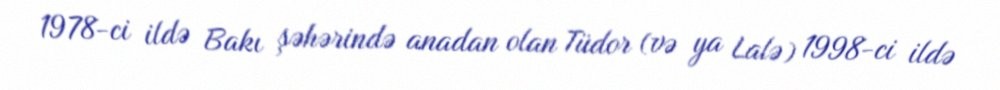
1978-ci ildə Bakı şəhərində anadan olan Tüdor (və ya Lalə) 1998-ci ildə